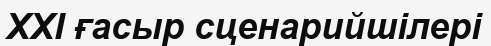
XXI ғасыр сценарийшілері